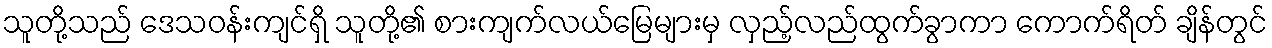
သူတို့သည် ဒေသဝန်းကျင်ရှိ သူတို့၏ စားကျက်လယ်မြေများမှ လှည့်လည်ထွက်ခွာကာ ကောက်ရိတ် ချိန်တွင်